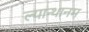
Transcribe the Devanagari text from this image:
ल्यान्थानम